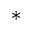
^ { * }